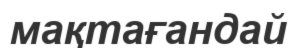
мақтағандай